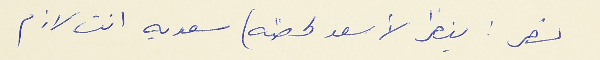
نصر : ينظر لأسعد لحظه) سعديه انت لازم